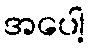
အပေါ့